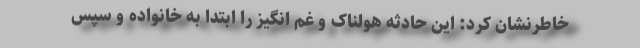
خاطرنشان کرد: این حادثه هولناک و غم انگیز را ابتدا به خانواده و سپس